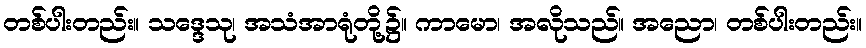
တစ်ပါးတည်း။ သဒ္ဒေသု၊ အသံအာရုံတို့၌။ ကာမော၊ အလိုသည်။ အညော၊ တစ်ပါးတည်း။